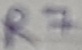
Text: R7